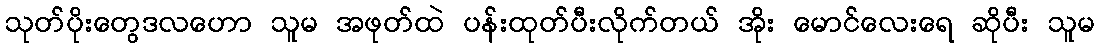
သုတ်ပိုးတွေဒလဟော သူမ အဖုတ်ထဲ ပန်းထုတ်ပီးလိုက်တယ် အိုး မောင်လေးရေ ဆိုပီး သူမ